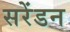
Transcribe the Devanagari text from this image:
सरेंडन